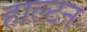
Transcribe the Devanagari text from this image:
हाल्टन